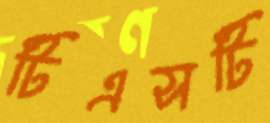
টিএসটি